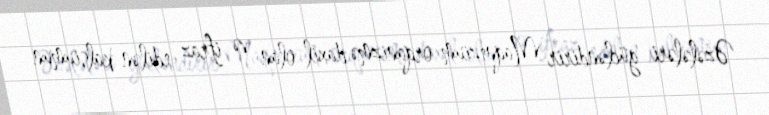
Əzələləri gücləndirir Maqnezium orqanizmə daxil olan və ifraz edilən kalsiumun